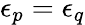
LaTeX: {\epsilon_{p}=\epsilon_{q}}